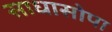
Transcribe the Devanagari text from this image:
साधासोपा